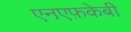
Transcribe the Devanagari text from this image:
एनएफ़केबी